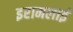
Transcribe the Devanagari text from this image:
इरामलाई